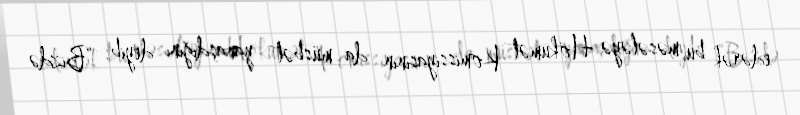
edərək bu məsələyə Hökumət Komissiyasının da müsbət yanaşdığını deyib: “Bizdə